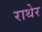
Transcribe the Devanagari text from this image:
राथेर